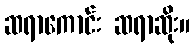
ဆရာကောင်း ဆရာဆိုး။